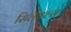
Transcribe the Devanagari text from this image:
सिलैबल्स